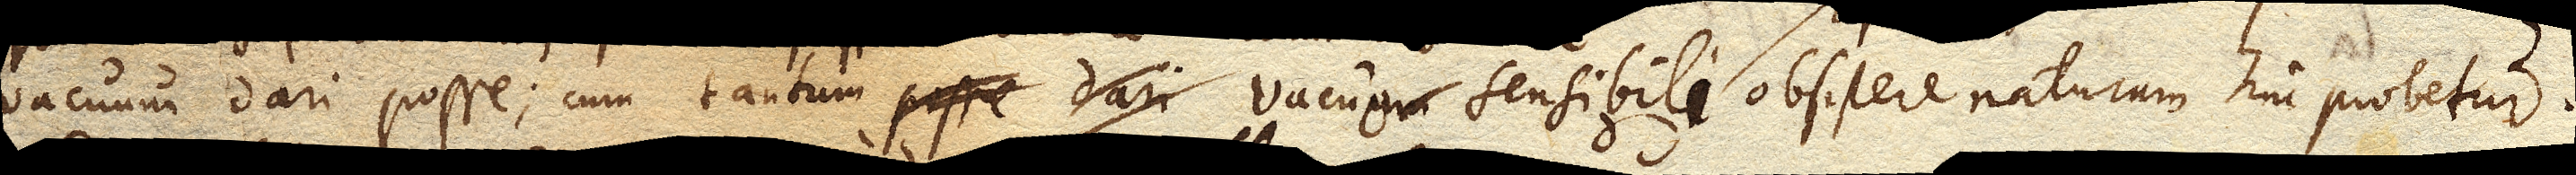
vacuum dari posse; cum tantum posse dari vacuum sensibile vacuo sensibili obsistere naturam hinc probetur.